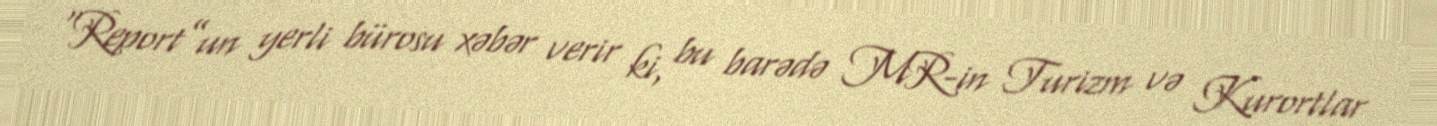
“Report”un yerli bürosu xəbər verir ki, bu barədə MR-in Turizm və Kurortlar